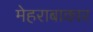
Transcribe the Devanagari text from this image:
मेहराबाकार